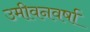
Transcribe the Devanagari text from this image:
उमीवनवर्षा